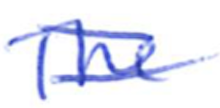
Text: The
Cross-out: double-line
Writing tool: ballpoint